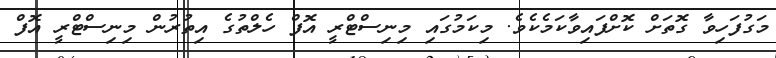
މަގުފަހިވާ ގޮތަށް ކޮށްފައިވާކަމެކެވެ. މިކަމުގައި މިނިސްޓްރީ އޮފް ހެލްތުގެ އިތުރުން މިނިސްޓްރީ އޮފް